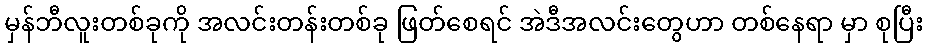
မှန်ဘီလူးတစ်ခုကို အလင်းတန်းတစ်ခု ဖြတ်စေရင် အဲဒီအလင်းတွေဟာ တစ်နေရာ မှာ စုပြီး